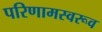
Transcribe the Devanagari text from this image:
परिणामस्वरूव